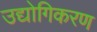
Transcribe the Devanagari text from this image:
उद्योगिकरण